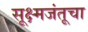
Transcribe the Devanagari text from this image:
सूक्ष्मजंतूचा